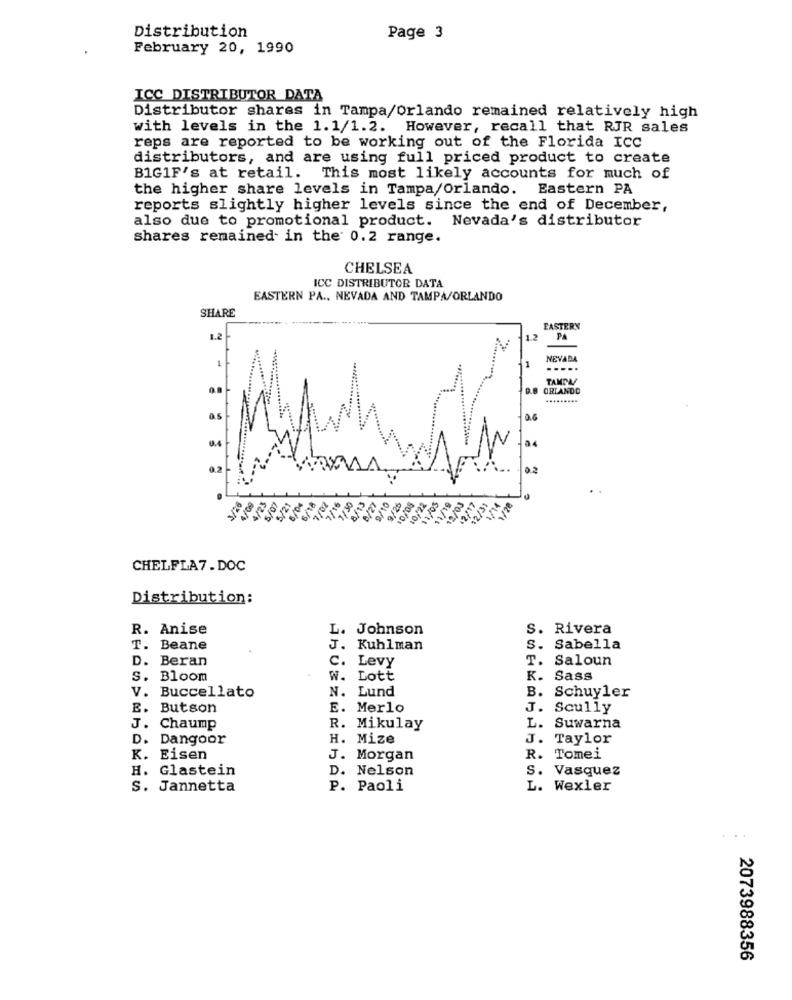
Distribution
Page 3
February 20, 1990
ICC DISTRIBUTOR DATA
Distributor shares in Tampa/Orlando remained relatively high
with levels in the 1.1/1.2. However, recall that RJR sales
reps are reported to be working out of the Florida ICC
distributors, and are using full priced product to create
B1G1F's at retail. This most likely accounts for much of
the higher share levels in Tampa/Orlando. Eastern PA
reports slightly higher levels since the end of December,
also due to promotional product. Nevada's distributor
shares remained in the 0.2 range.
CHELSEA
ICC DISTRIBUTOR DATA
EASTERN PA ., NEVADA AND TAMPA/ORLANDO
SHARE
EASTERN
1.2
12
PA
1
NEVADA
.....
TAMDE
ORLANDO
0.4
0.2
5/21
9/25
0/22
1/20
12/31
60/
20/8
C1/8
SOF
CHELFLA7.DOC
Distribution:
R. Anise
L. Johnson
S. Rivera
T. Beane
J. Kuhlman
S. Sabella
D. Beran
C. Levy
T. Saloun
S. Bloom
W. Lott
K. Sass
V. Buccellato
N. Lund
B. Schuyler
E. Butson
E. Merlo
J. Scully
J. Chaump
R. Mikulay
L. Suwarna
D. Dangoor
H. Mize
J. Taylor
K. Eisen
J. Morgan
R. Tomei
H. Glastein
D. Nelson
S. Vasquez
S. Jannetta
P. Paoli
L. Wexler
2073988356